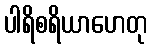
ပါရိစရိယာဟေတု